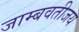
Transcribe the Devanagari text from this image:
जाम्बवतीजय